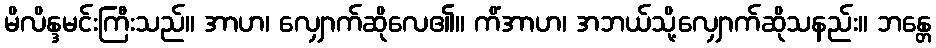
မိလိန္ဒမင်းကြီးသည်။ အာဟ၊ လျှောက်ဆိုလေ၏။ ကိံအာဟ၊ အဘယ်သို့လျှောက်ဆိုသနည်း။ ဘန္တေ